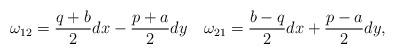
LaTeX: \begin{align*}\omega_{12} =\frac{q+b}2dx-\frac{p+a}2 dy\quad\omega_{21} =\frac{b-q}2dx+\frac{p-a}2 dy,\end{align*}